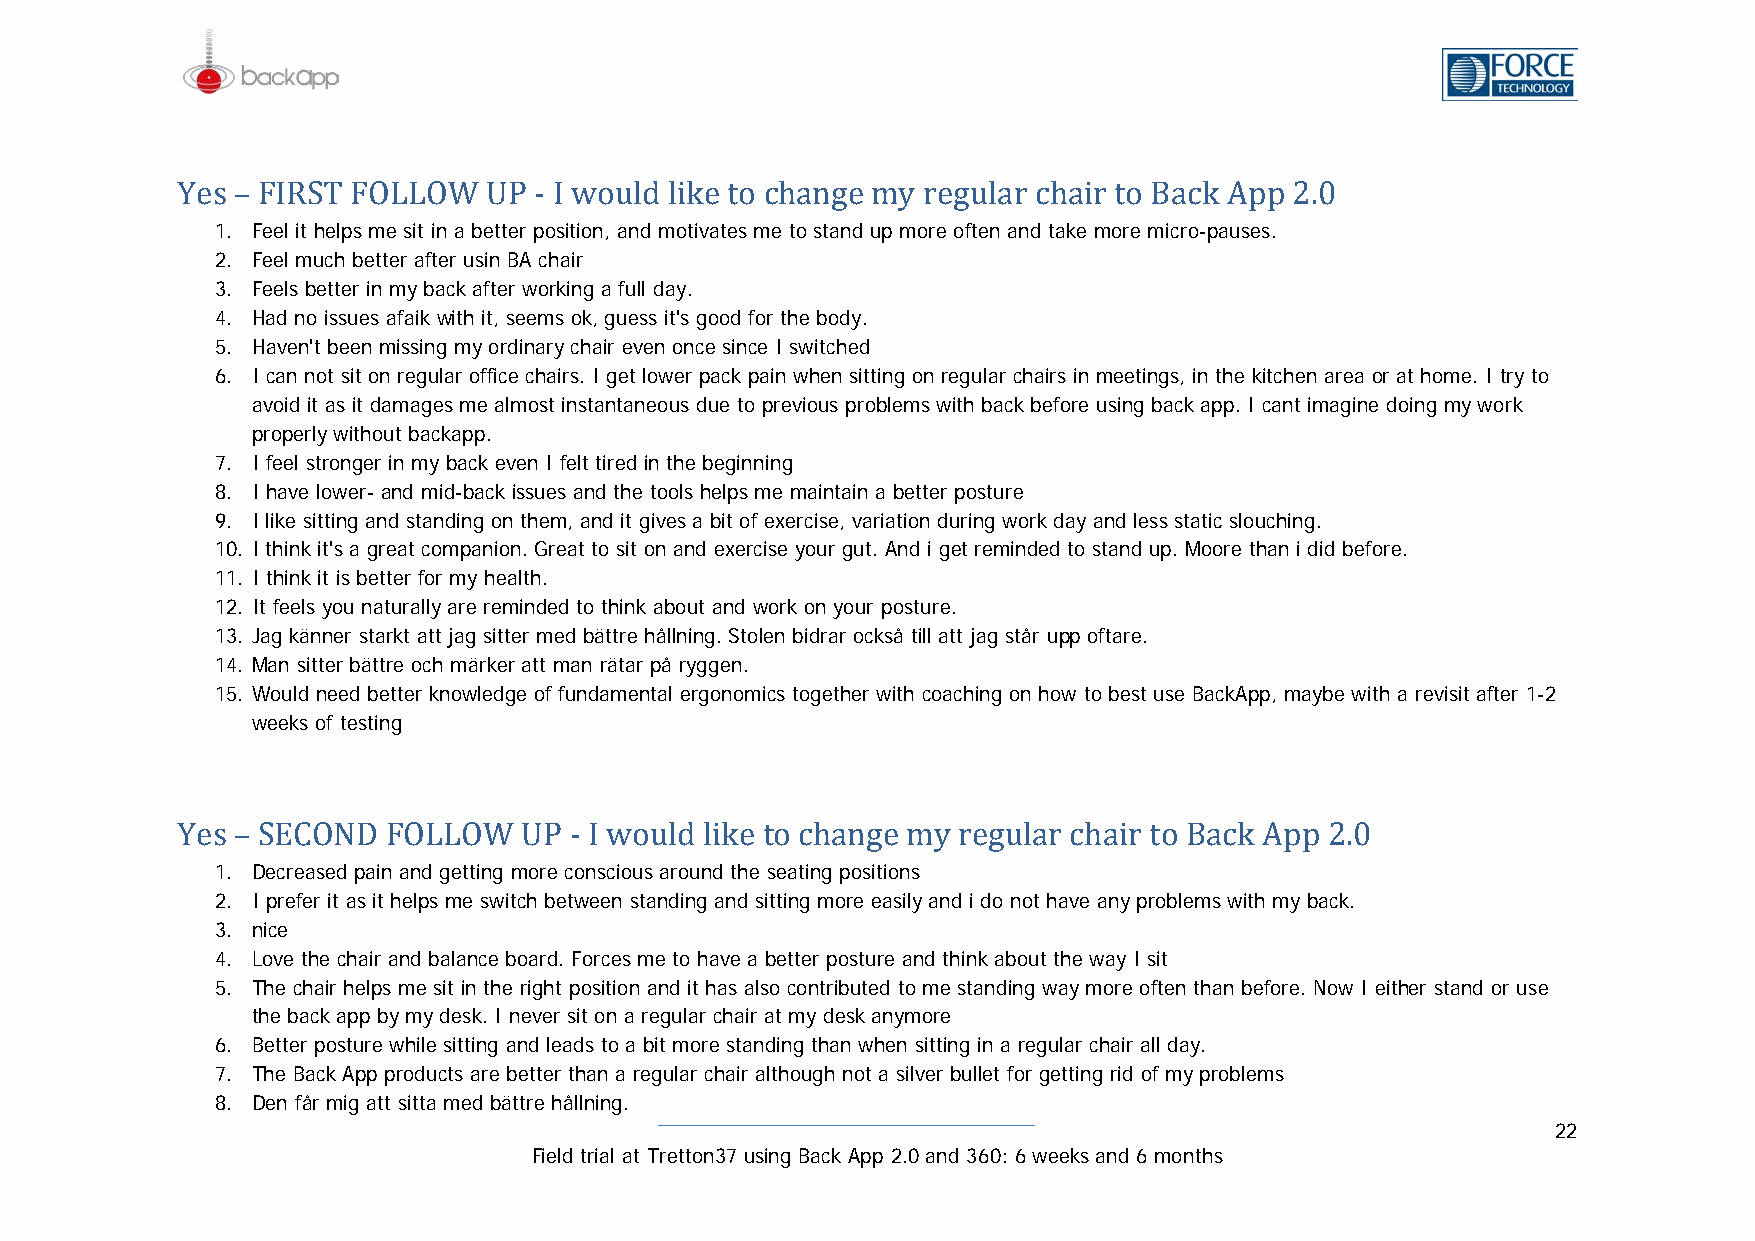
1. Feel it helps me sit in a better position, and motivates me to stand up more often and take more micro-pauses.
 Yes2. – FFeeIlR mSuTch FbeOtteLr LafOteWr us iUn BPA -c hIa wir ould like to change my regular chair to Back App 2.0
 3. Feels better in my back after working a full day.
 4. Had no issues afaik with it, seems ok, guess it's good for the body.
 5. Haven't been missing my ordinary chair even once since I switched
 6. I can not sit on regular office chairs. I get lower pack pain when sitting on regular chairs in meetings, in the kitchen area or at home. I try to
 avoid it as it damages me almost instantaneous due to previous problems with back before using back app. I cant imagine doing my work
 properly without backapp.
 7. I feel stronger in my back even I felt tired in the beginning
 8. I have lower- and mid-back issues and the tools helps me maintain a better posture
 9. I like sitting and standing on them, and it gives a bit of exercise, variation during work day and less static slouching.
 10. I think it's a great companion. Great to sit on and exercise your gut. And i get reminded to stand up. Moore than i did before.
 11. I think it is better for my health.
 12. It feels you naturally are reminded to think about and work on your posture.
 13. Jag känner starkt att jag sitter med bättre hållning. Stolen bidrar också till att jag står upp oftare.
 14. Man sitter bättre och märker att man rätar på ryggen.
 15. Would need better knowledge of fundamental ergonomics together with coaching on how to best use BackApp, maybe with a revisit after 1-2
 weeks of testing
 1. Decreased pain and getting more conscious around the seating positions
 Yes2. – IS pEreCfeOr itN aDs it FheOlpLs LmOe sWwit cUh Pbe t-w Ie ewn sotaunlddin gl iaknde stitotin cg hmaorne geaes imly ayn dr ie dgo unolat hra vceh aaniyr p rtoobl eBmas cwkit hA mpy pba 2ck..0
 3. nice
 4. Love the chair and balance board. Forces me to have a better posture and think about the way I sit
 5. The chair helps me sit in the right position and it has also contributed to me standing way more often than before. Now I either stand or use
 the back app by my desk. I never sit on a regular chair at my desk anymore
 6. Better posture while sitting and leads to a bit more standing than when sitting in a regular chair all day.
 7. The Back App products are better than a regular chair although not a silver bullet for getting rid of my problems
 8. Den får mig att sitta med bättre hållning.
 22
 Field trial at Tretton37 using Back App 2.0 and 360: 6 weeks and 6 months